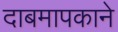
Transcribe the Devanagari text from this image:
दाबमापकाने